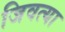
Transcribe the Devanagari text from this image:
जिवत्या